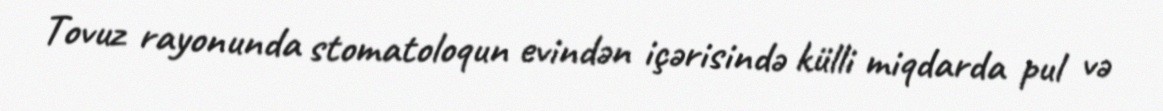
Tovuz rayonunda stomatoloqun evindən içərisində külli miqdarda pul və